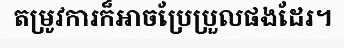
តម្រូវការក៏អាចប្រែប្រួលផងដែរ។